Scottish Leaving Certificate Examination, 1959
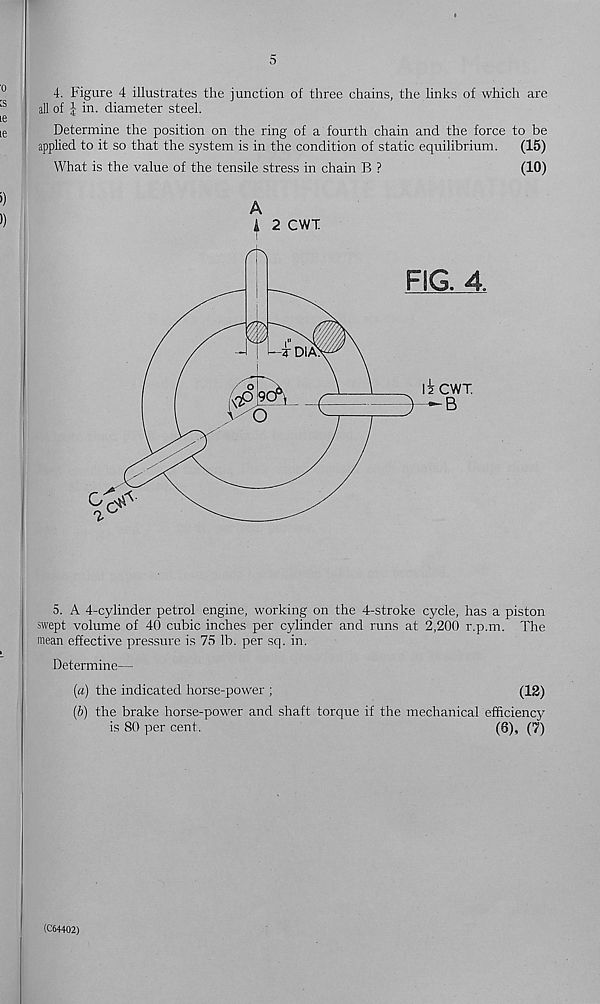
5
4. Figure 4 illustrates the junction of three chains, the links of which are
all of j: in. diameter steel.
Determine the position on the ring of a fourth chain and the force to be
applied to it so that the system is in the condition of static equilibrium.
(15)
What is the value of the tensile stress in chain B ?
(10)
A
A 2 CWT
5. A 4-cylinder petrol engine, working on the 4-stroke cycle, has a piston
swept volume of 40 cubic inches per cylinder and runs at 2,200 r.p.m. The
mean effective pressure is 75 lb. per sq. in.
Determine—
(a) the indicated horse-power ;
(12)
(b) the brake horse-power and shaft torque if the mechanical efficiency
is 80 per cent.
(8), (7)
(C64402)